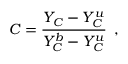
C = \frac { Y _ { C } - Y _ { C } ^ { u } } { Y _ { C } ^ { b } - Y _ { C } ^ { u } } \, \mathrm { ~ , ~ }